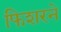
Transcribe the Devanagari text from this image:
फिशरने